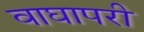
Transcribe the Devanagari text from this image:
वाघापरी